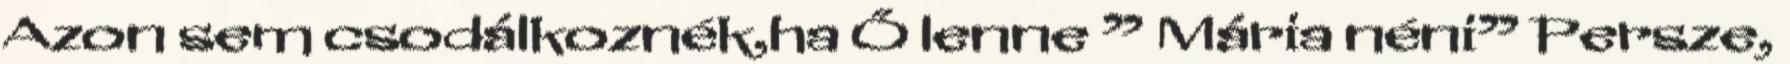
Azon sem csodálkoznék,ha Ő lenne ” Mária néni” Persze,